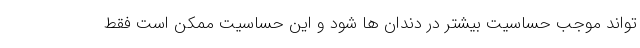
تواند موجب حساسیت بیشتر در دندان ها شود و این حساسیت ممکن است فقط